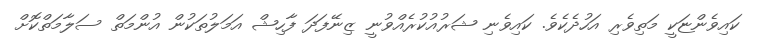
ކައިވެންޏަކީ މަތިވެރި އަހުދެކެވެ. ކައިވެނި ޝަރުއުކުރެއްވުނީ ޒިނޭފަދަ ފާހިޝް އަމަލުތަކުން އުންމަތް ސަލާމަތްކޮށް